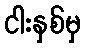
ငါးနှစ်မှ